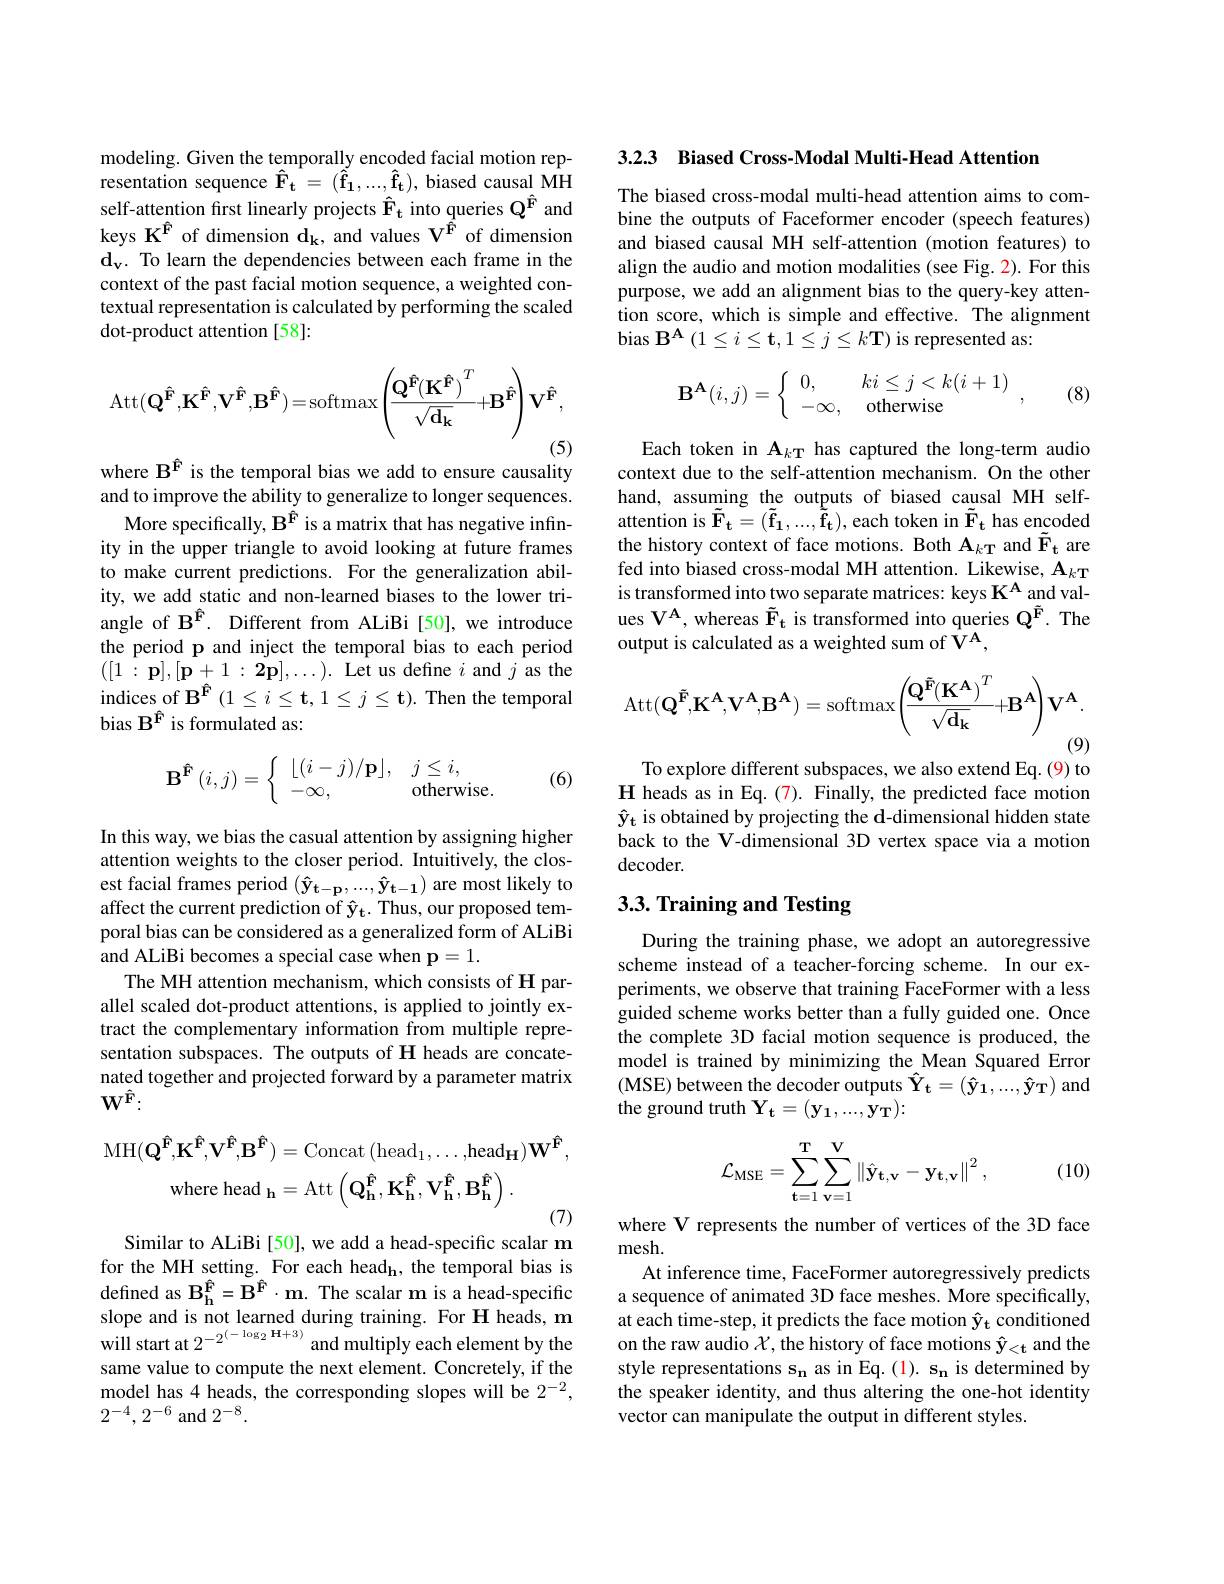
modeling. Given the temporally encoded facial motion representation sequence $\hat{\mathbf{F}}_{\mathbf{t}}^{1}=(\tilde{\mathbf{\hat f}}_{\mathbf{1}},...,\hat{\mathbf{\hat f}}_{\mathbf{t}})$, biased causal MH self-attention first linearly projects $\hat{\mathbf{F}}_{\mathbf{t}}$ into queries $\mathbf{Q}^{\hat{\mathbf{F}}}$ and keys $\mathbf{K}^{\hat{F}}$ of dimension $\mathbf{d}_{\mathbf{k}}$, and values V$^{\hat{F}}$ of dimension $\mathbf{d_v.~To~learn~the~dependencies~between~each~frame~in~the}$ context of the past facial motion sequence, a weighted contextual representation is calculated by performing the scaled dot-product attention [58]:
$$\mathrm{Att}(\mathbf{Q^{\hat{F}}},\mathbf{K^{\hat{F}}},\mathbf{V^{\hat{F}}},\mathbf{B^{\hat{F}}})=\mathrm{softmax}\left(\frac{\mathbf{Q^{\hat{F}}}(\mathbf{K^{\hat{F}}})^{T}}{\sqrt{\mathbf{d_{k}}}}+\mathbf{B^{\hat{F}}}\right)\mathbf{V^{\hat{F}}},$$
where $\mathbf{B^{\hat{F}}}$ is the temporal bias we add to ensure causality

and to improve the ability to generalize to longer sequences.
More specifically, $\mathbf{B^{\hat{F}}}$ is a matrix that has negative infinity in the upper triangle to avoid looking at future frames to make current predictions. For the generalization ability, we add static and non-learned biases to the lower triangle of $\mathbf{B}^{\hat{\mathbf{F}}}.$ Different from ALiBi[50],we introduce the period p and inject the temporal bias to each period $([1:\mathbf{p}],[\mathbf{p}+1:\mathbf{2p}],\ldots).$ Let us define $i$ and $j$ as the indices of $\mathbf{B}^{\hat{F}}(1\leq i\leq\mathbf{t},1\leq j\leq\mathbf{t}).$ Then the temporal bias $\mathbf{B}^{\hat{\mathbf{F}}}$ is formulated as:
$$\mathbf{B}^{\mathbf{\hat{F}}}\left(i,j\right)=\left\{\begin{array}{ll}\lfloor(i-j)/\mathbf{p}\rfloor,&j\leq i,\\-\infty,&\text{otherwise.}\end{array}\right.$$
(6)

In this way, we bias the casual attention by assigning higher attention weights to the closer period. Intuitively, the closest facial frames period $(\hat{\mathbf{y}}_{\mathbf{t}-\mathbf{p}},...,\hat{\mathbf{y}}_{\mathbf{t}-\mathbf{1}})$ are most likely to affect the current prediction of $\hat{\mathbf{y}}_{\mathbf{t}}.$ Thus, our proposed temporal bias can be considered as a generalized form of ALiBi and ALiBi becomes a special case when p=1.
The MH attention mechanism, which consists of H parallel scaled dot-product attentions, is applied to jointly extract the complementary information from multiple representation subspaces. The outputs of H heads are concatenated together and projected forward by a parameter matrix $\mathbf{W}^{\hat{\mathbf{F}}}:$
$$\mathrm{MH}(\mathbf{Q^{\hat{F}}},\mathbf{K^{\hat{F}}},\mathbf{V^{\hat{F}}},\mathbf{B^{\hat{F}}})=\mathrm{Concat}\:(\mathrm{head}_{1},\ldots,\mathrm{head}_{\mathbf{H}})\mathbf{W^{\hat{F}}},\\\mathrm{where~head~}_{\mathbf{h}}=\mathrm{Att}\left(\mathbf{Q_{h}^{\hat{F}}},\mathbf{K_{h}^{\hat{F}}},\mathbf{V_{h}^{\hat{F}}},\mathbf{B_{h}^{\hat{F}}}\right).$$
Similar to ALiBi [50], we add a head-specific scalar m for the MH setting. For each head$_\mathbf{h}$, the temporal bias is defined as $\mathbf{B_h^{\hat{F}}=B^{\hat{F}}\cdot m.}$ The scalar m is a head-specific slope and is not learned during training. For H heads, m will start at $2^{-2^{(-\log_{2}\mathbf{H}+3)}}$ and multiply each element by the same value to compute the next element. Concretely, if the model has 4 heads, the corresponding slopes will be 2$^{-2}$, $2^{-4},2^{-6}$ and $2^-8.$

3.2.3 Biased Cross-Modal Multi-Head Attention

The biased cross-modal multi-head attention aims to combine the outputs of Faceformer encoder (speech features) and biased causal MH self-attention (motion features) to align the audio and motion modalities (see Fig. 2). For this purpose, we add an alignment bias to the query-key attention score, which is simple and effective. The alignment bias $\mathbf{B}^{\mathbf{A}}\left(1\leq i\leq\mathbf{t},1\leq j\leq k\mathbf{T}\right)$is represented as:
$$\mathbf{B^A}(i,j)=\left\{\begin{array}{ll}0,&ki\leq j<k(i+1)\\-\infty,&\text{otherwise}\end{array}\right.,$$
(8)

Each token in A$_{k\mathbf{T}}$ has captured the long-term audio context due to the self-attention mechanism. On the other $\begin{array}{l}{\mathrm{hand,~assuming~the~outputs~of~biased~causal~MH~self-}}\\{\mathrm{attention~is~\tilde{F}_{t}=(\tilde{f}_{1},\ldots,\tilde{f}_{t}),~each~token~in~\tilde{F}_{t}~has~encoded}}\end{array}$ the history context of face motions. Both $\mathbf{A}_{kT}$ and $\tilde{\mathbf{F}}_{\mathbf{t}}$ are fed into biased cross-modal MH attention. Likewise, $\mathbf{A}_{k\mathbf{T}}$ is transformed into two separate matrices: keys $\mathbf{K}^{\mathbf{A}}$ and values $\mathbf{V}^{\mathbf{A}}$, whereas $\tilde{\mathbf{F}}_{\mathbf{t}}$ is transformed into queries $\mathbf{Q}^{\tilde{\mathbf{F}}}.$ The output is calculated as a weighted sum of $\hat{\mathbf{V}}^{\mathbf{A}}$,
$$\mathrm{Att}(\mathbf{Q^{\tilde{F}}},\mathbf{K^{A}},\mathbf{V^{A}},\mathbf{B^{A}})=\mathrm{softmax}\left(\frac{\mathbf{Q^{\tilde{F}}}(\mathbf{K^{A}})^{T}}{\sqrt{\mathbf{d_{k}}}}+\mathbf{B^{A}}\right)\mathbf{V^{A}}.$$
To explore different subspaces, we also extend Eq. (9) to

$\mathbf{H}$ heads as in Eq.(7). Finally, the predicted face motion $\mathbf{\hat{y}_t~is~obtained~by~projecting~the~d-dimensional~hidden~state}$ back to the V-dimensional 3D vertex space via a motion decoder.

## $3. 3. \textbf{Training and Testing}$

During the training phase, we adopt an autoregressive scheme instead of a teacher-forcing scheme. In our experiments, we observe that training FaceFormer with a less guided scheme works better than a fully guided one. Once the complete 3D facial motion sequence is produced, the model is trained by minimizing the Mean Squared Error (MSE) between the decoder outputs $\hat{\mathbf{Y}}_{\mathbf{t}}=(\hat{\mathbf{y}}_{\mathbf{1}},...,\hat{\mathbf{y}}_{\mathbf{T}})$ and the ground truth $\mathbf{Y_t}=(\mathbf{y_1},...,\mathbf{y_T}):$
$$\mathcal{L}_{\mathrm{MSE}}=\sum_{\mathbf{t}=1}^{\mathbf{T}}\sum_{\mathbf{v}=1}^{\mathbf{V}}\left\|\hat{\mathbf{y}}_{\mathbf{t},\mathbf{v}}-\mathbf{y}_{\mathbf{t},\mathbf{v}}\right\|^{2},$$
(10)

where V represents the number of vertices of the 3D face
mesh.
At inference time, FaceFormer autoregressively predicts a sequence of animated 3D face meshes. More specifically, at each time-step, it predicts the face motion $\hat{\mathbf{y}}_{\mathbf{t}}$ conditioned on the raw audio $\mathcal{X}$, the history of face motions $\hat{\mathbf{y}}_<\mathbf{t}$ and the style representations s$_\mathbf{n}$ as in Eq.(1). s$_\mathbf{n}$ is determined by the speaker identity, and thus altering the one-hot identity vector can manipulate the output in different styles.